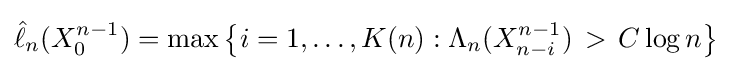
{\hat {\ell }}_{n}(X_{0}^{n-1})=\max \left\{i=1,\ldots ,K(n):\Lambda _{n}(X_{n-i}^{n-1})\,>\,C\log n\right\}